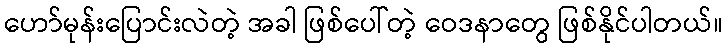
ဟော်မုန်းပြောင်းလဲတဲ့ အခါ ဖြစ်ပေါ်တဲ့ ဝေဒနာတွေ ဖြစ်နိုင်ပါတယ်။